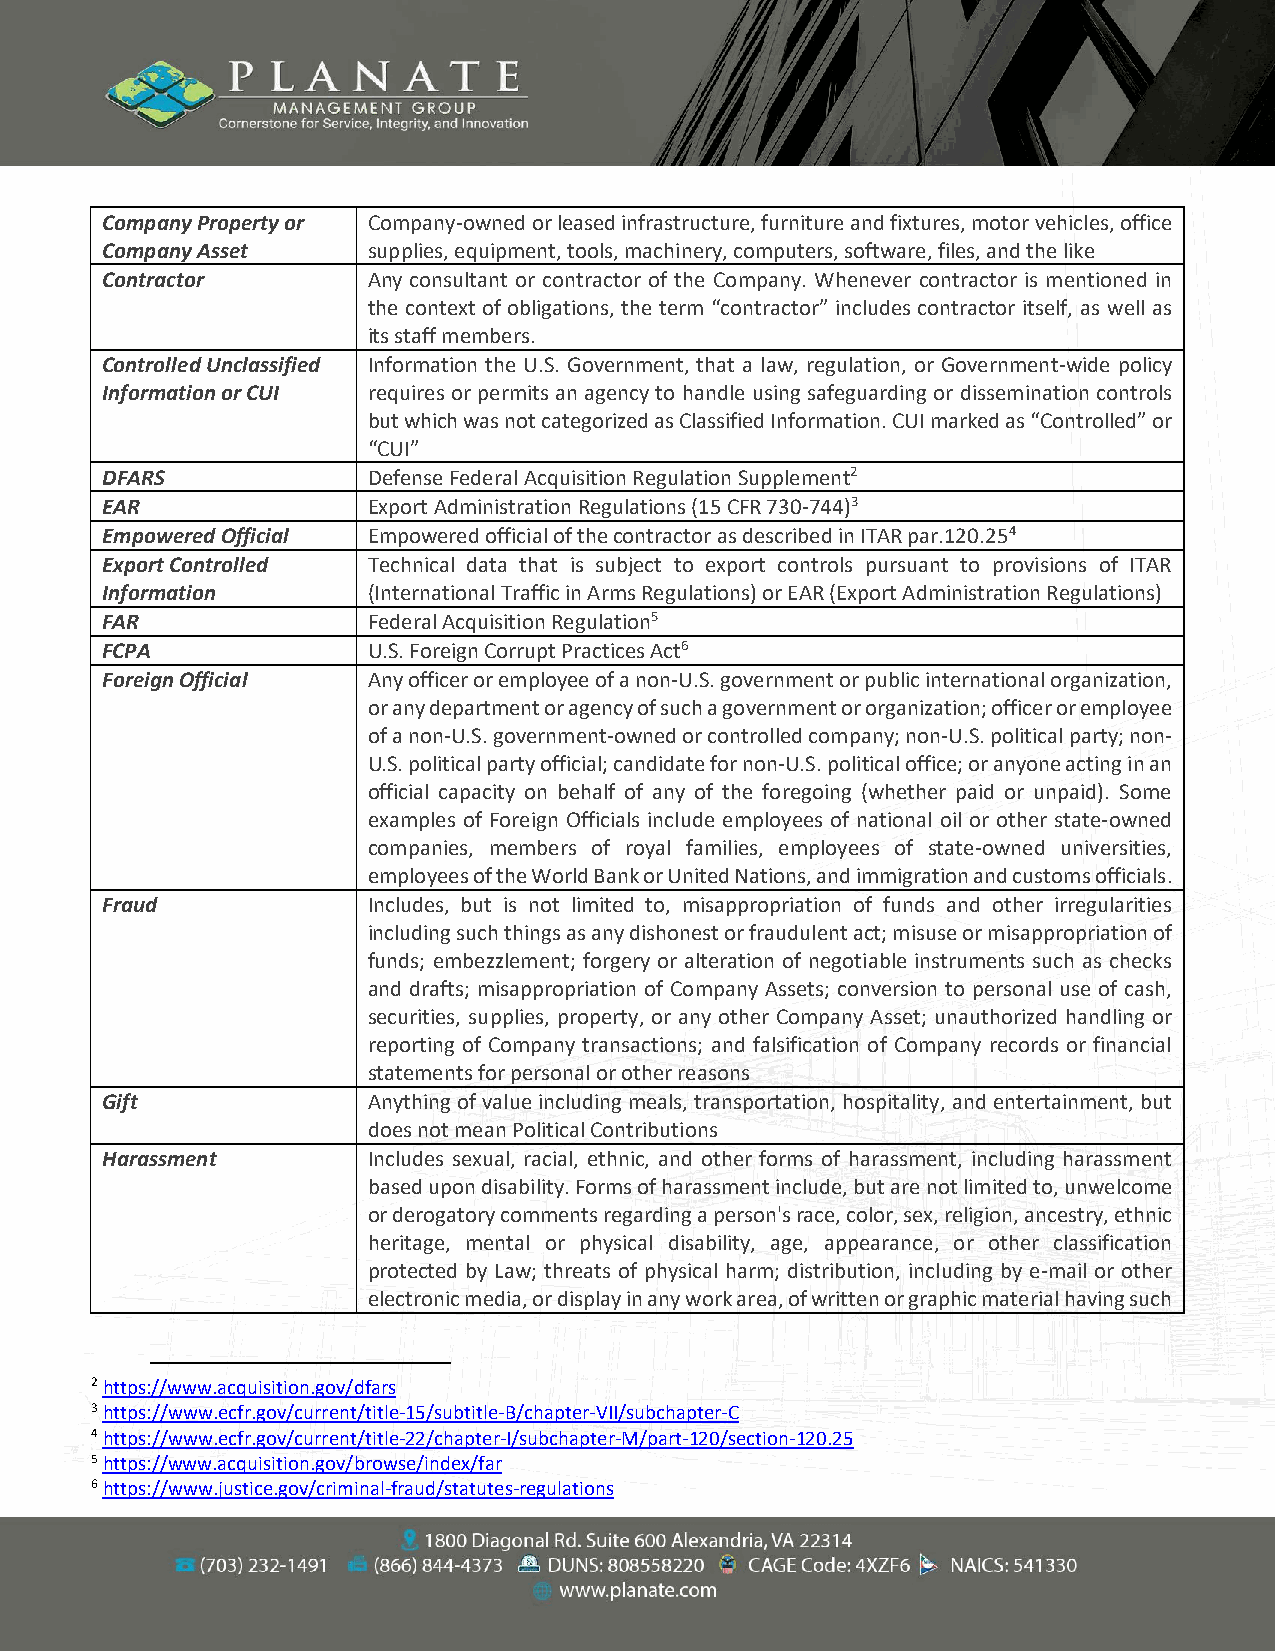
Company Property or Company-owned or leased infrastructure, furniture and fixtures, motor vehicles, office
 Company Asset    supplies, equipment, tools, machinery, computers, software, files, and the like
 Contractor       Any consultant or contractor of the Company. Whenever contractor is mentioned in
 the context of obligations, the term “contractor” includes contractor itself, as well as
 its staff members.
 Controlled Unclassified Information the U.S. Government, that a law, regulation, or Government-wide policy
 Information or CUI requires or permits an agency to handle using safeguarding or dissemination controls
 but which was not categorized as Classified Information. CUI marked as “Controlled” or
 “CUI”
 DFARS            Defense Federal Acquisition Regulation Supplement2
 EAR              Export Administration Regulations (15 CFR 730-744)3
 Empowered Official Empowered official of the contractor as described in ITAR par.120.254
 Export Controlled Technical data that is subject to export controls pursuant to provisions of ITAR
 Information      (International Traffic in Arms Regulations) or EAR (Export Administration Regulations)
 FAR              Federal Acquisition Regulation5
 FCPA             U.S. Foreign Corrupt Practices Act6
 Foreign Official Any officer or employee of a non-U.S. government or public international organization,
 or any department or agency of such a government or organization; officer or employee
 of a non-U.S. government-owned or controlled company; non-U.S. political party; non-
 U.S. political party official; candidate for non-U.S. political office; or anyone acting in an
 official capacity on behalf of any of the foregoing (whether paid or unpaid). Some
 examples of Foreign Officials include employees of national oil or other state-owned
 companies, members of royal families, employees of state-owned universities,
 employees of the World Bank or United Nations, and immigration and customs officials.
 Fraud            Includes, but is not limited to, misappropriation of funds and other irregularities
 including such things as any dishonest or fraudulent act; misuse or misappropriation of
 funds; embezzlement; forgery or alteration of negotiable instruments such as checks
 and drafts; misappropriation of Company Assets; conversion to personal use of cash,
 securities, supplies, property, or any other Company Asset; unauthorized handling or
 reporting of Company transactions; and falsification of Company records or financial
 statements for personal or other reasons
 Gift             Anything of value including meals, transportation, hospitality, and entertainment, but
 does not mean Political Contributions
 Harassment       Includes sexual, racial, ethnic, and other forms of harassment, including harassment
 based upon disability. Forms of harassment include, but are not limited to, unwelcome
 or derogatory comments regarding a person's race, color, sex, religion, ancestry, ethnic
 heritage, mental or physical disability, age, appearance, or other classification
 protected by Law; threats of physical harm; distribution, including by e-mail or other
 electronic media, or display in any work area, of written or graphic material having such
 2 https://www.acquisition.gov/dfars
 3 https://www.ecfr.gov/current/title-15/subtitle-B/chapter-VII/subchapter-C
 4 https://www.ecfr.gov/current/title-22/chapter-I/subchapter-M/part-120/section-120.25
 5 https://www.acquisition.gov/browse/index/far
 6 https://www.justice.gov/criminal-fraud/statutes-regulations